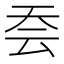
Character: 𭑆